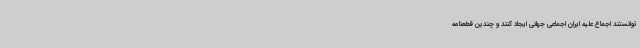
توانستند اجماع علیه ایران اجماعی جهانی ایجاد کنند و چندین قطعنامه